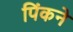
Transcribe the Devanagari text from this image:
पिंकने